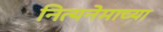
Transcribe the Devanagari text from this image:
नित्यनेमाच्या